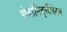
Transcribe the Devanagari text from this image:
सेवानिवृत्तीवेतन